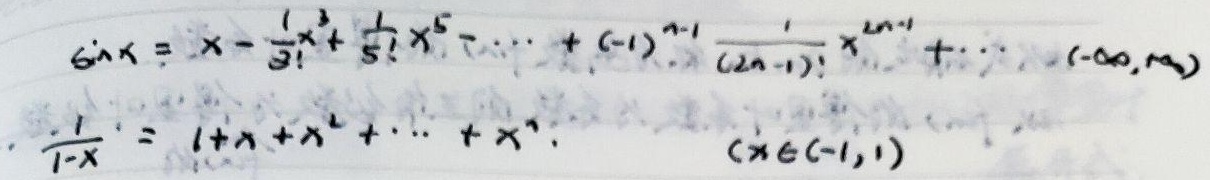
\(\sin x = x-\frac{1}{3!}x^{3}+\frac{1}{5!}x^{5}-\cdots+(-1)^{n - 1}\frac{1}{(2n - 1)!}x^{2n-1}+\cdots\)，\(x\in(-\infty,\infty)\)

\(\frac{1}{1 - x}=1 + x+x^{2}+\cdots+x^{n}+\cdots\)，\(x\in(-1,1)\)